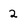
Character: 2